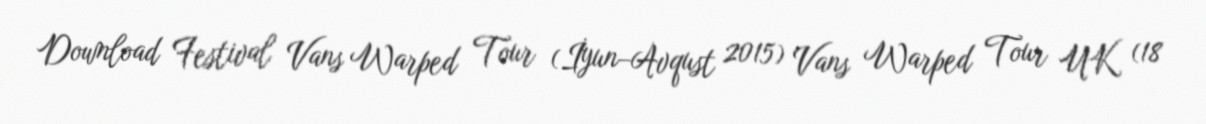
Download Festival Vans Warped Tour (İyun–Avqust 2015) Vans Warped Tour UK (18